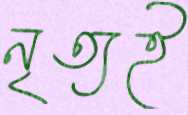
নৃত্যই